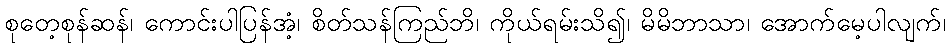
စုတေ့စုန်ဆန်၊ ကောင်းပါပြန်အံ့၊ စိတ်သန်ကြည်ဘိ၊ ကိုယ်ရမ်းသိ၍၊ မိမိဘာသာ၊ အောက်မေ့ပါလျက်၊